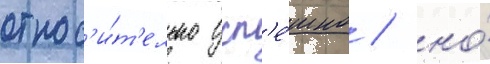
относ'и́т'ельно усп'е́шно / но́